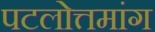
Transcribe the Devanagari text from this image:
पटलोत्तमांग